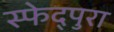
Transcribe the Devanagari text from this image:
स्फेद्पुरा